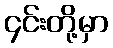
၄င်းတို့မှာ